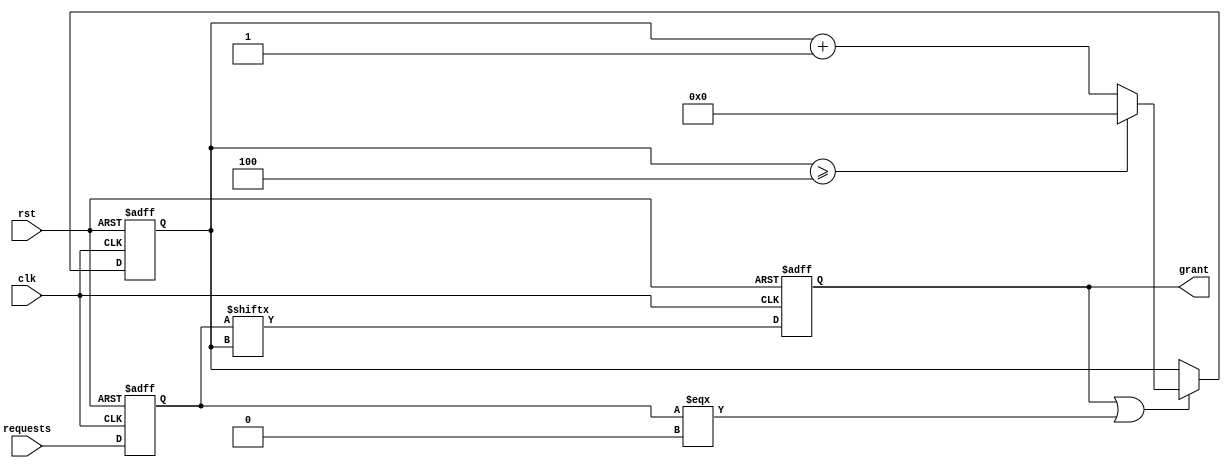
module round_robin_arbiter (
  input wire clk,
  input wire rst,
  input wire [N-1:0] requests,
  output reg grant
);

parameter N = 4; // Number of requesters

reg [N-1:0] request_valid;
reg [N-1:0] round_robin_index;

always @ (posedge clk or posedge rst) begin
  if (rst) begin
    request_valid <= 0;
    round_robin_index <= 0;
    grant <= 0;
  end else begin
    // Update request valid based on incoming requests
    request_valid <= requests;
    
    // Select next requester based on round-robin scheduling
    if (grant | request_valid === 0) begin
      round_robin_index <= round_robin_index + 1;
      if (round_robin_index >= N) begin
        round_robin_index <= 0;
      end
    end
    
    // Grant access to selected requester
    grant <= request_valid[round_robin_index];
  end
end

endmodule